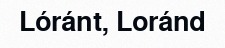
Lóránt, Loránd